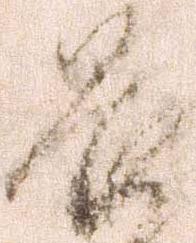
畏